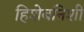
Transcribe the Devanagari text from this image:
हिशेबनिशी